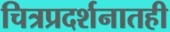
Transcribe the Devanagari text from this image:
चित्रप्रदर्शनातही